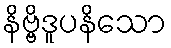
နိဗ္ဗိဒူပနိသော